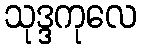
သုဒ္ဒကုလေ